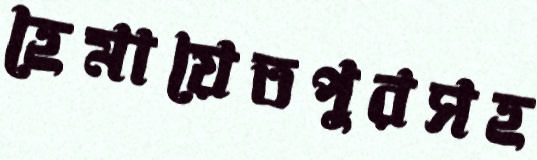
হেমায়েতপুরসহ